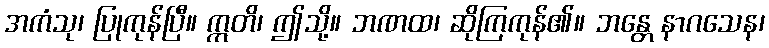
အကံသု၊ ပြုကုန်ပြီ။ ဣတိ၊ ဤသို့။ ဘဏထ၊ ဆိုကြကုန်၏။ ဘန္တေ နာဂသေန၊